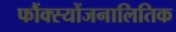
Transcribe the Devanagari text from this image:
फौंक्स्योंजनालितिक